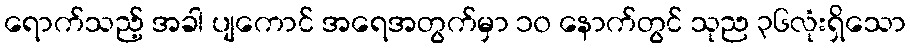
ရောက်သည့် အခါ ပျကောင် အရေအတွက်မှာ ၁၀ နောက်တွင် သုည ၃၆လုံးရှိသော